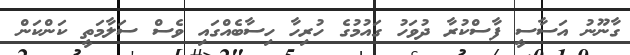
ގާނޫނު އަސާސީ ފާސްކުރާ ދުވަހު ގައުމުގެ ހުރިހާ ހިސާބެއްގައި ވެސް ސަލާމަތީ ކަންކަން